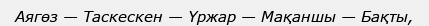
Аягөз — Таскескен — Үржар — Мақаншы — Бақты,